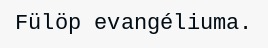
Fülöp evangéliuma.